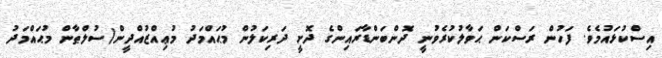
އިސްކުޅައުމެވެ. ފަހުން ރަސްކަން ޙަވާލުކުރެވުނީ ދޮންބަންޑާރައިންގެ ދޮށީ ދަރިކަލުން މުޙައްމަދު މުޢިއްޒުއްދީން(ސުލްޠާން މުޙައްމަދު